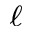
_ \ell